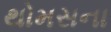
થોમસના